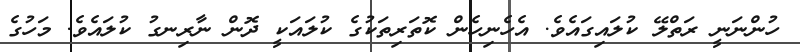
ހުންނަނީ ރަތްލޭ ކުލައިގައެވެ. އެހެނިހެން ކޮތަރިތަކުގެ ކުލައަކީ ދޮން ނާރިނގު ކުލައެވެ. މަހުގެ